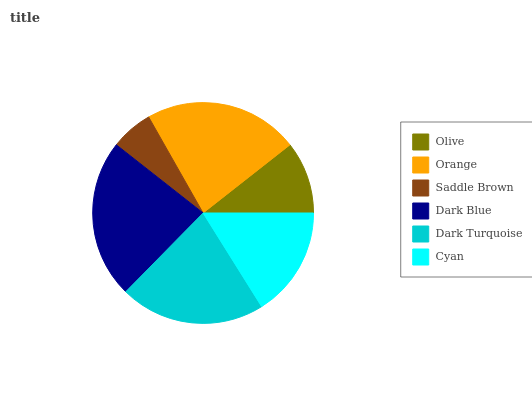
| Olive | Orange | Saddle Brown | Dark Blue | Dark Turquoise | Cyan |
 | --- | --- | --- | --- | --- | --- |
 | 10.6% | 22.6% | 6.19% | 23.2% | 21.3% | 16.1% |